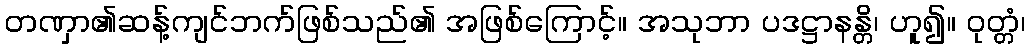
တဏှာ၏ဆန့်ကျင်ဘက်ဖြစ်သည်၏ အဖြစ်ကြောင့်။ အသုဘာ ပဒဋ္ဌာနန္တိ၊ ဟူ၍။ ဝုတ္တံ၊